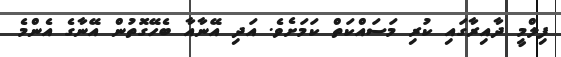
ފިލްމީ ދާއިރާގައި ކުރި މަސައްކަތް ކަމަށެވެ. އަދި އޭނާއާ ބެހޭގޮތުން އޭނާގެ އެންމެ